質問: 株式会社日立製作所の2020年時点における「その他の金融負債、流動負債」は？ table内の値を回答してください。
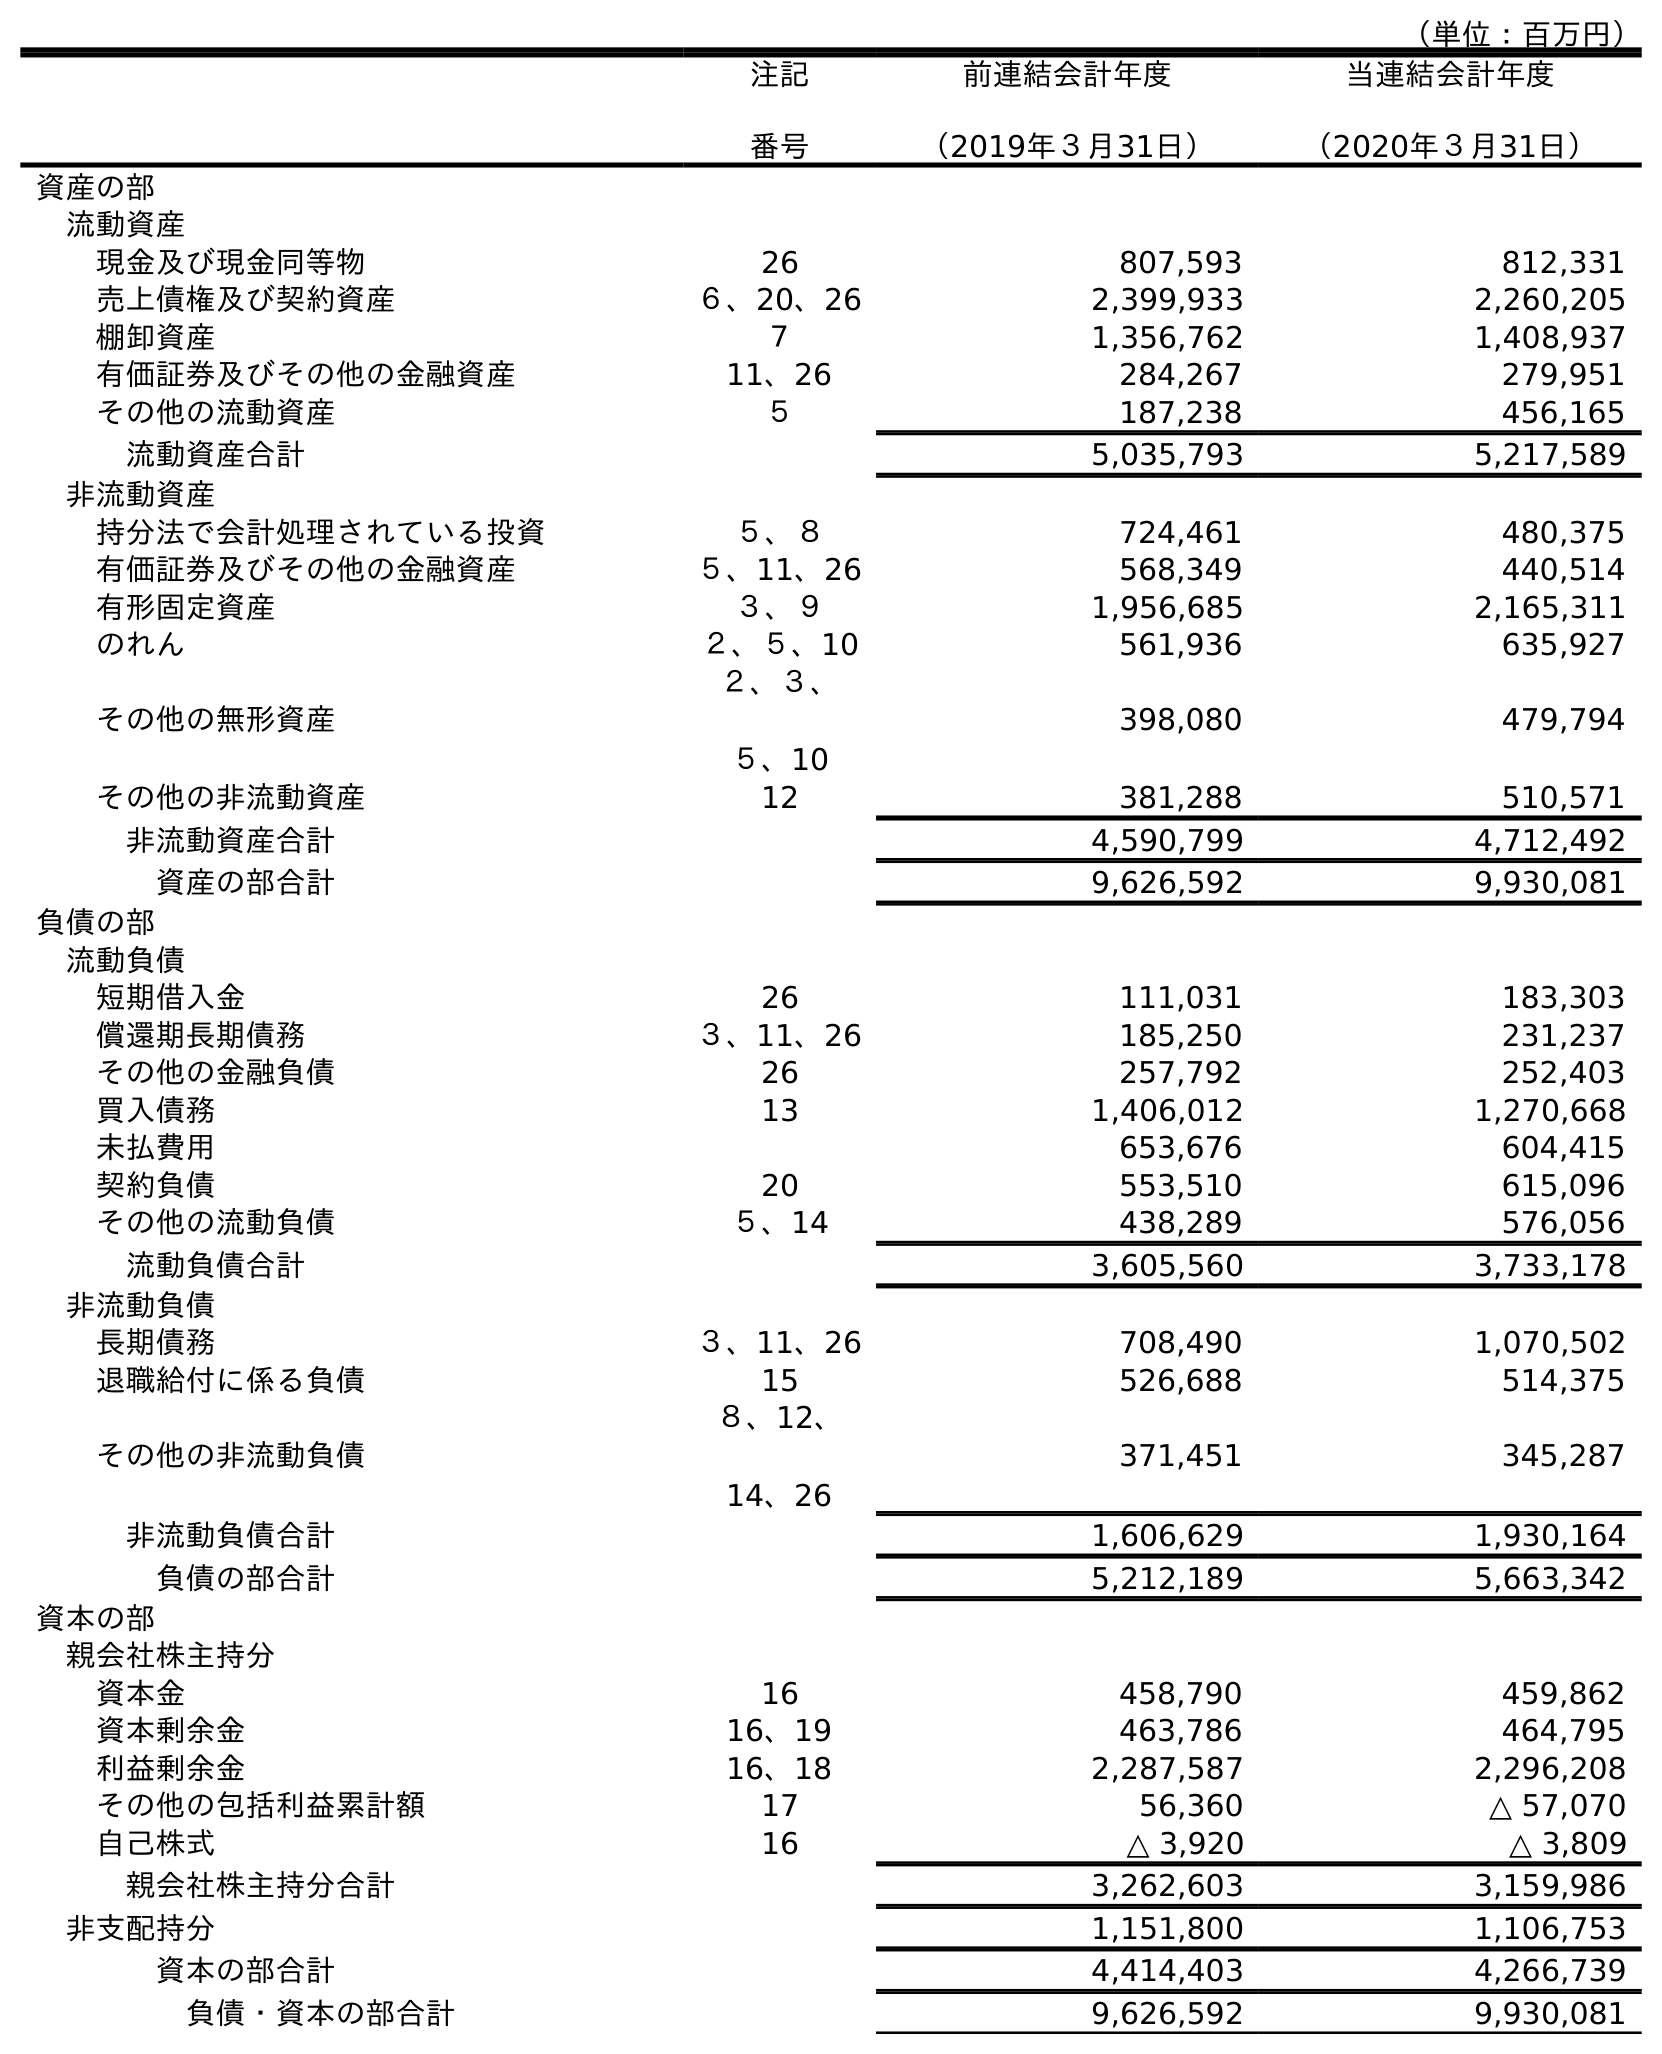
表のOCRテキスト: （単位：百万円） 注記 番号 前連結会計年度 （2019年３月31日） 当連結会計年度 （2020年３月31日） 資産の部 流動資産 現金及び現金同等物 26 807,593 812,331 売上債権及び契約資産 ６、20、26 2,399,933 2,260,205 棚卸資産 ７ 1,356,762 1,408,937 有価証券及びその他の金融資産 11、26 284,267 279,951 その他の流動資産 ５ 187,238 456,165 流動資産合計 5,035,793 5,217,589 非流動資産 持分法で会計処理されている投資 ５、８ 724,461 480,375 有価証券及びその他の金融資産 ５、11、26 568,349 440,514 有形固定資産 ３、９ 1,956,685 2,165,311 のれん ２、５、10 561,936 635,927 その他の無形資産 ２、３、 ５、10 398,080 479,794 その他の非流動資産 12 381,288 510,571 非流動資産合計 4,590,799 4,712,492 資産の部合計 9,626,592 9,930,081 負債の部 流動負債 短期借入金 26 111,031 183,303 償還期長期債務 ３、11、26 185,250 231,237 その他の金融負債 26 257,792 252,403 買入債務 13 1,406,012 1,270,668 未払費用 653,676 604,415 契約負債 20 553,510 615,096 その他の流動負債 ５、14 438,289 576,056 流動負債合計 3,605,560 3,733,178 非流動負債 長期債務 ３、11、26 708,490 1,070,502 退職給付に係る負債 15 526,688 514,375 その他の非流動負債 ８、12、 14、26 371,451 345,287 非流動負債合計 1,606,629 1,930,164 負債の部合計 5,212,189 5,663,342 資本の部 親会社株主持分 資本金 16 458,790 459,862 資本剰余金 16、19 463,786 464,795 利益剰余金 16、18 2,287,587 2,296,208 その他の包括利益累計額 17 56,360 △ 57,070 自己株式 16 △ 3,920 △ 3,809 親会社株主持分合計 3,262,603 3,159,986 非支配持分 1,151,800 1,106,753 資本の部合計 4,414,403 4,266,739 負債・資本の部合計 9,626,592 9,930,081
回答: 252,403